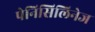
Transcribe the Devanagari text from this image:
पेनिसिलिनेज